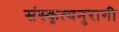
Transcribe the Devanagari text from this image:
संस्कृत्यनुरागी